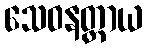
သေဝနတ္ထာယ